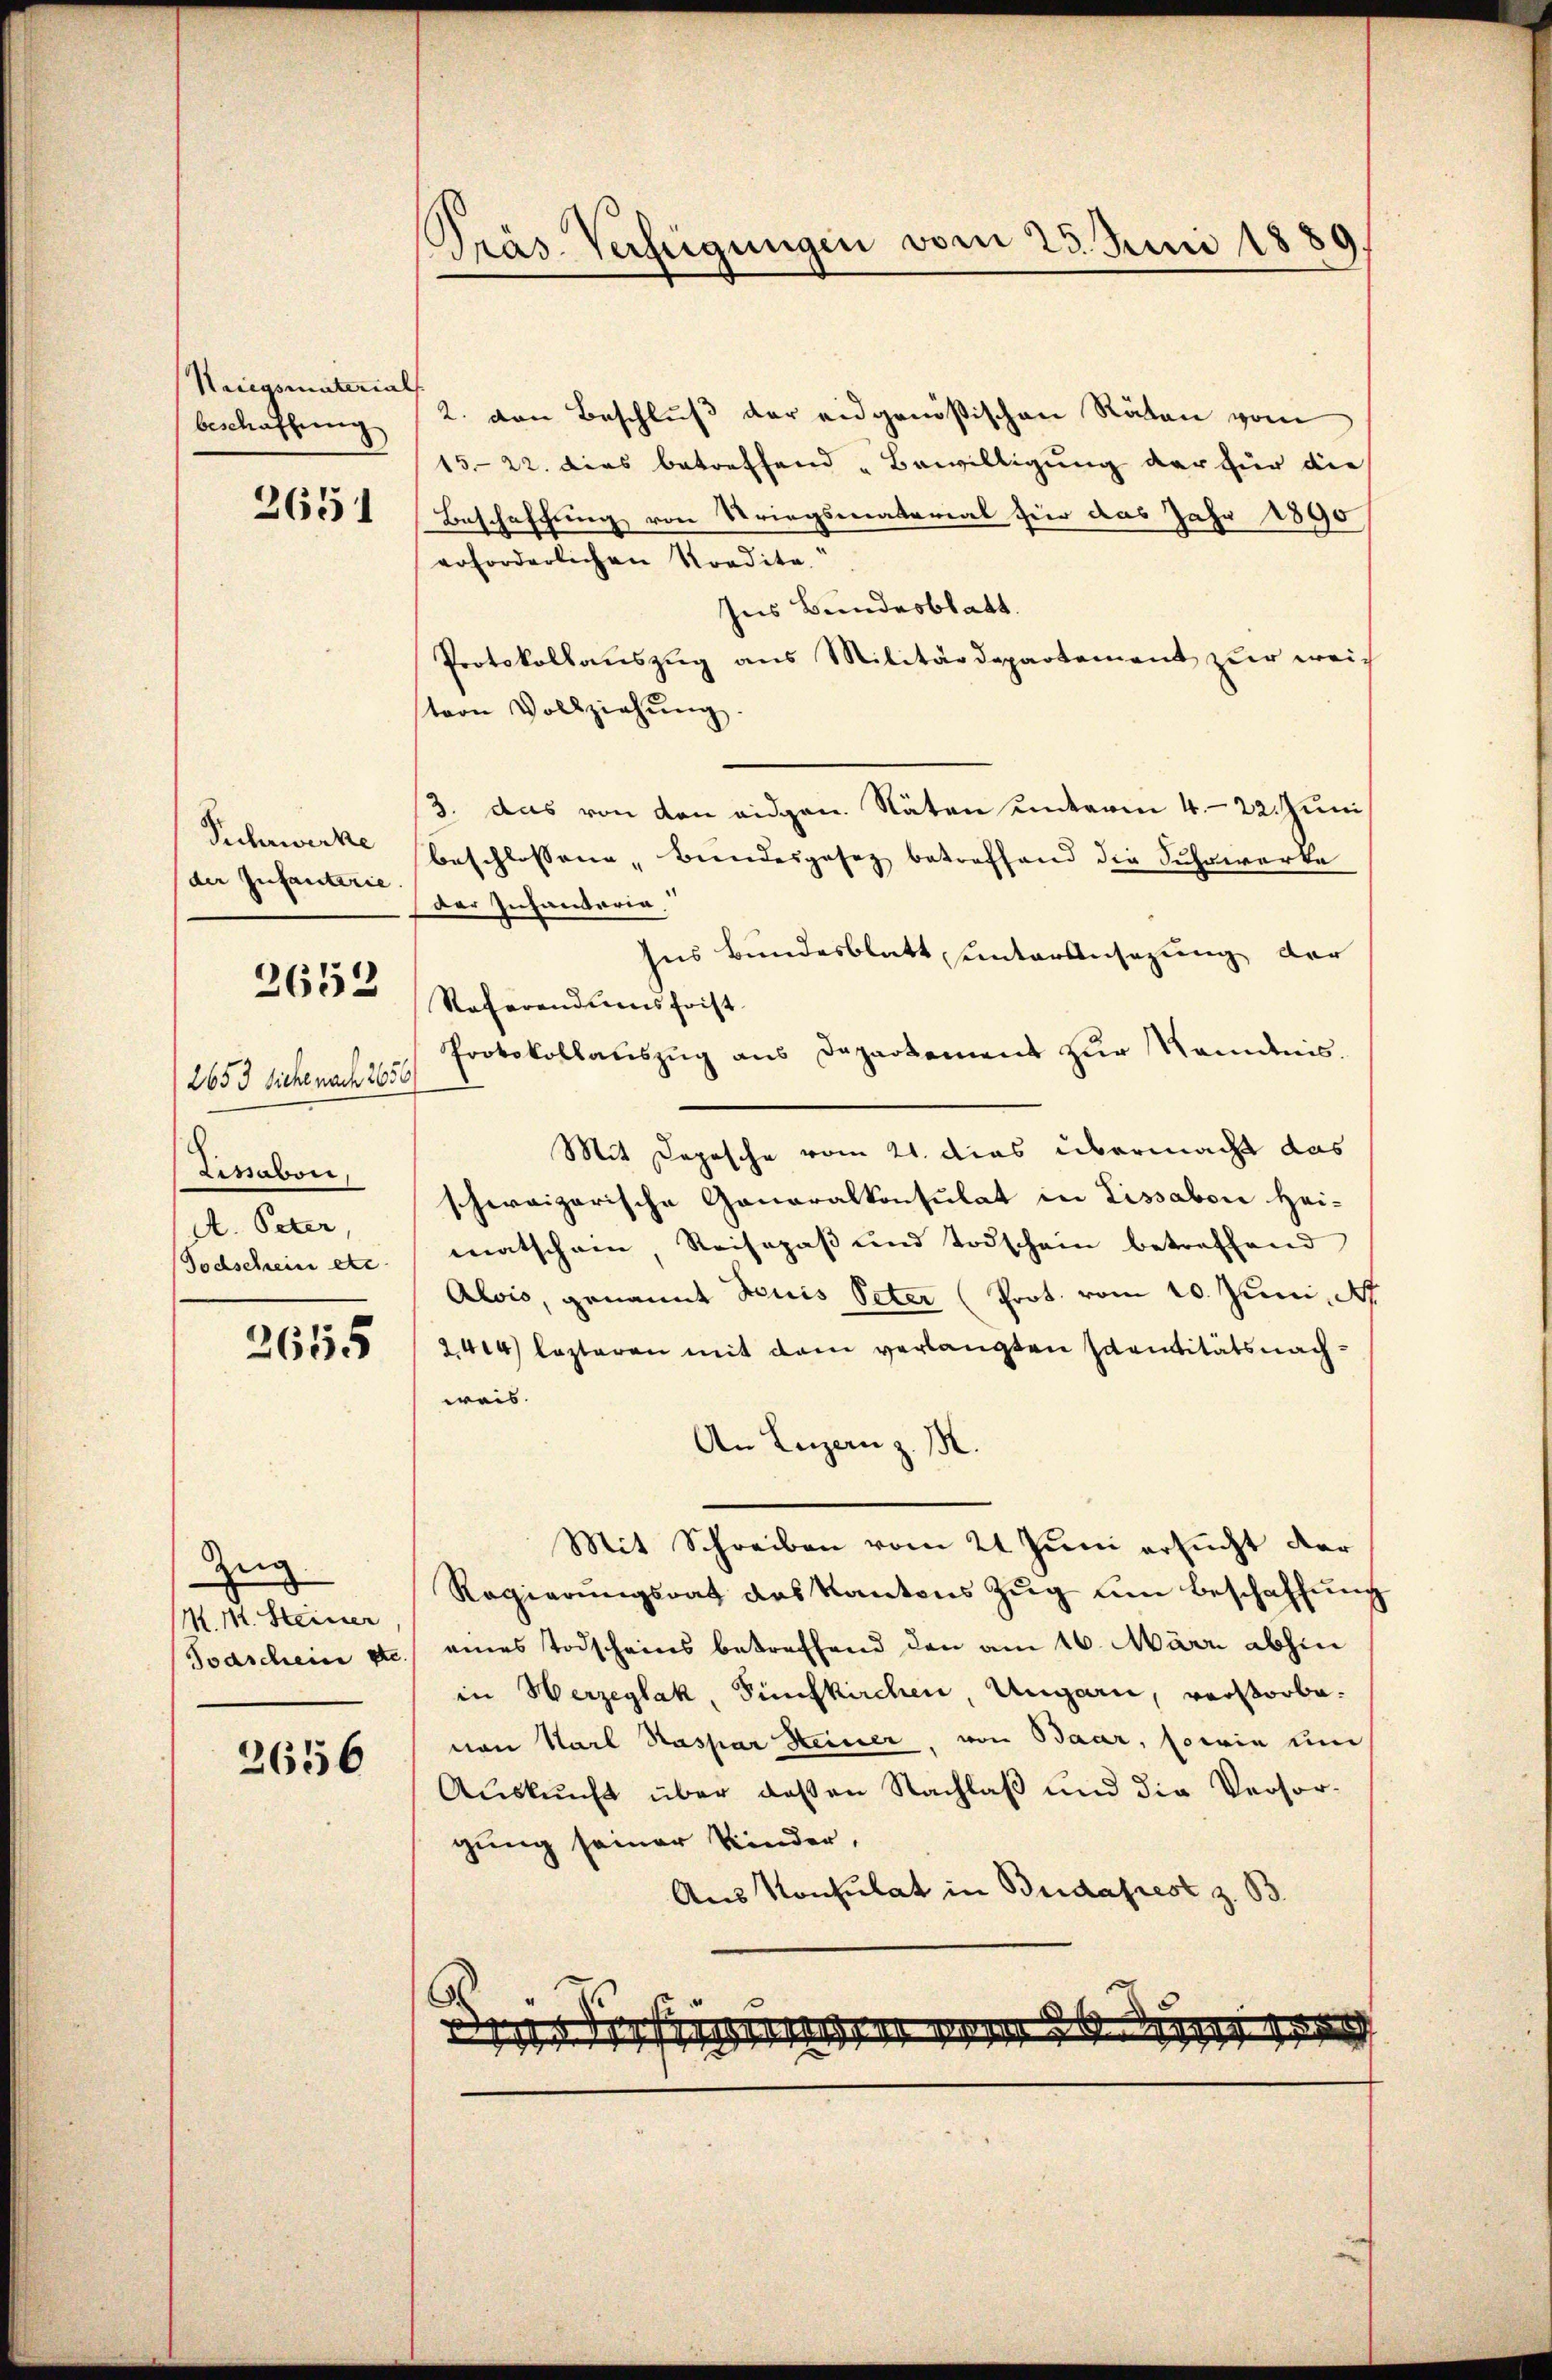
Niegsmaterials
beschaffung
3651

Suhrwerke
der Infanterie.

2652

2653 siche nach 265
Linabori,
A. Peter,
Todschein etc.

2655

Zeig
M. M. Steiner
Todschein ge

2656

Präs. Verfügungen vom 23. Juni 1889.

2. den Beschluß der eidgenößischen Räten vom
1522. dies betreffend „Bewilligung der für die
Beschaffung von Striegsmaterial für das Jahr 1890
erforderlichen Kredita.“
Ins Bundesblatt.
Protokollauszug aus Militärdepartement zur weistern Vollziehung
/3. das von den eidgen. Näten unterm 4. 22. Juni
beschlossene Bundesgesez betreffend die Fuhrwerke
Der Infantaria
ns Bundesblatt, unteransezung der
Referendumsfrist
Protokollauszug aus Departement zur Ramdeis¬
Mit Depesche vom 21. dies übermacht das
schweizerische Generalkonsulat in Lissabon Hei-
matschein, Reisepaß und Todschein betreffend
Alois, genannt Teuis Peter (Prot. vom 10. Juni 187.
2404) lezteren mit dem verlangten Sanitätsnachweis.
An Luzern z. B.
Mit Schreiben vom 21. Juni ersucht der
Regierungsrat des Kantons Zug um Beschaffung
eines Todscheins betreffend den am 16. März abhin
in Herzeglak, Sünfkirchen Ungarn, verstorbevon Karl Kaspar Heiner, von Baar, sowie um
Auskunft über deßen Nachlaß und die Versorgung seiner Kinder,
Aus Konsulat in Budapest z. B.
.

r dringer